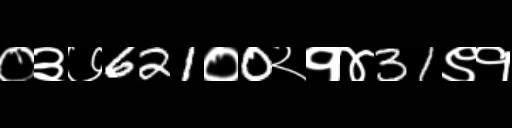
Text: ०३७621०0२१४31९१